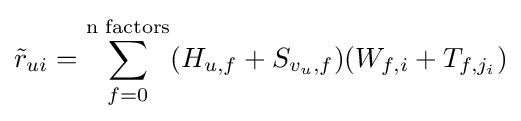
{\tilde {r}}_{ui}=\sum _{f=0}^{\text{n factors}}(H_{u,f}+S_{v_{u},f})(W_{f,i}+T_{f,j_{i}})